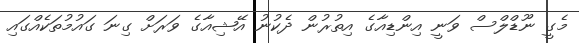
މެގީ ނޫޑްލްސް ވަނީ އިންޑިއާގެ އިތުރުން ދެކުނު އޭޝިއާގެ ވަރަށް ގިނަ ގައުމުތަކެއްގައި